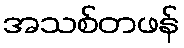
အသစ်တဖန်